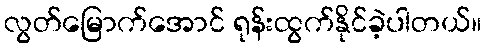
လွတ်မြောက်အောင် ရုန်းထွက်နိုင်ခဲ့ပါတယ်။